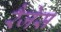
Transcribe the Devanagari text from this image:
रैजेस